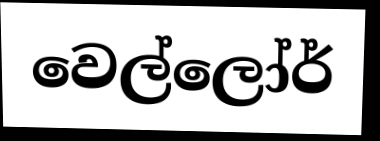
වෙල්ලෝර්